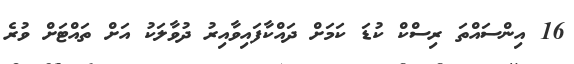
16 އިންސައްތަ ރިސްކް ކުޑަ ކަމަށް ދައްކާފައިވާއިރު ދުވާލަކު އަށް ތައްޓަށް ވުރެ